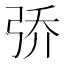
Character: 𮱵